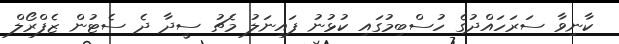
ކާނިވާ ސަރަހައްދުގެ ހުސްބިމުގައި ކުޅުނު ފައިނަލު މެޗު ސީދާ ދެ ސެޓުން ޒެފްރޯލް